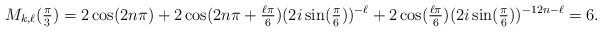
LaTeX: \begin{align*}M_{k,\ell}(\tfrac{\pi}{3}) = 2\cos(2n\pi)+2\cos(2n\pi+\tfrac{\ell\pi}{6})(2i\sin(\tfrac{\pi}{6}))^{-\ell} + 2\cos(\tfrac{\ell\pi}{6})(2i\sin(\tfrac{\pi}{6}))^{-12n-\ell} = 6.\end{align*}